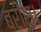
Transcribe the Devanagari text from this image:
बरीस।